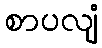
စာပလျံ